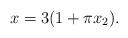
LaTeX: \begin{align*} x = 3(1 + \pi x_2). \end{align*}